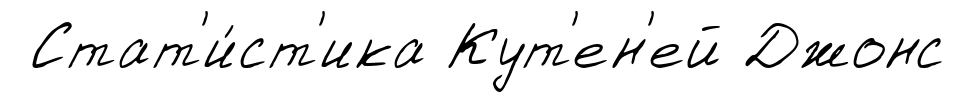
Стат'и́ст'ика Кут'ен'ей Джонс